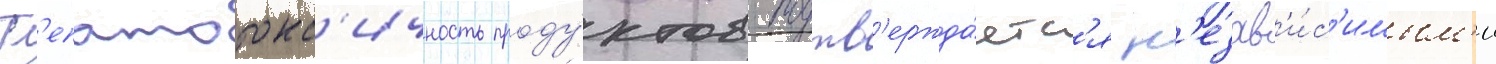
Г'епатотокс'ичность проду́ктов подтв'ержда́етс'я н'езав'и́с'имым'и